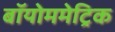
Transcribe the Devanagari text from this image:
बॉयोममेट्रिक